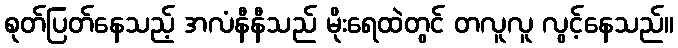
စုတ်ပြတ်နေသည့် အလံနီနီသည် မိုးရေထဲတွင် တလူလူ လွင့်နေသည်။